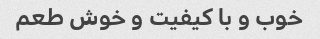
خوب و با کیفیت و خوش طعم